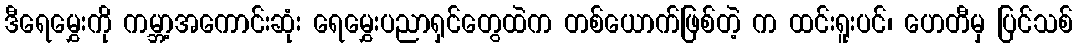
ဒီရေမွှေးကို ကမ္ဘာ့အကောင်းဆုံး ရေမွှေးပညာရှင်တွေထဲက တစ်ယောက်ဖြစ်တဲ့ က ထင်းရူးပင်၊ ဟေတီမှ ပြင်သစ်